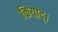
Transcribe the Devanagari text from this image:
कियाद्।